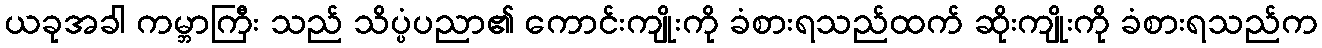
ယခုအခါ ကမ္ဘာကြီး သည် သိပ္ပံပညာ၏ ကောင်းကျိုးကို ခံစားရသည်ထက် ဆိုးကျိုးကို ခံစားရသည်က